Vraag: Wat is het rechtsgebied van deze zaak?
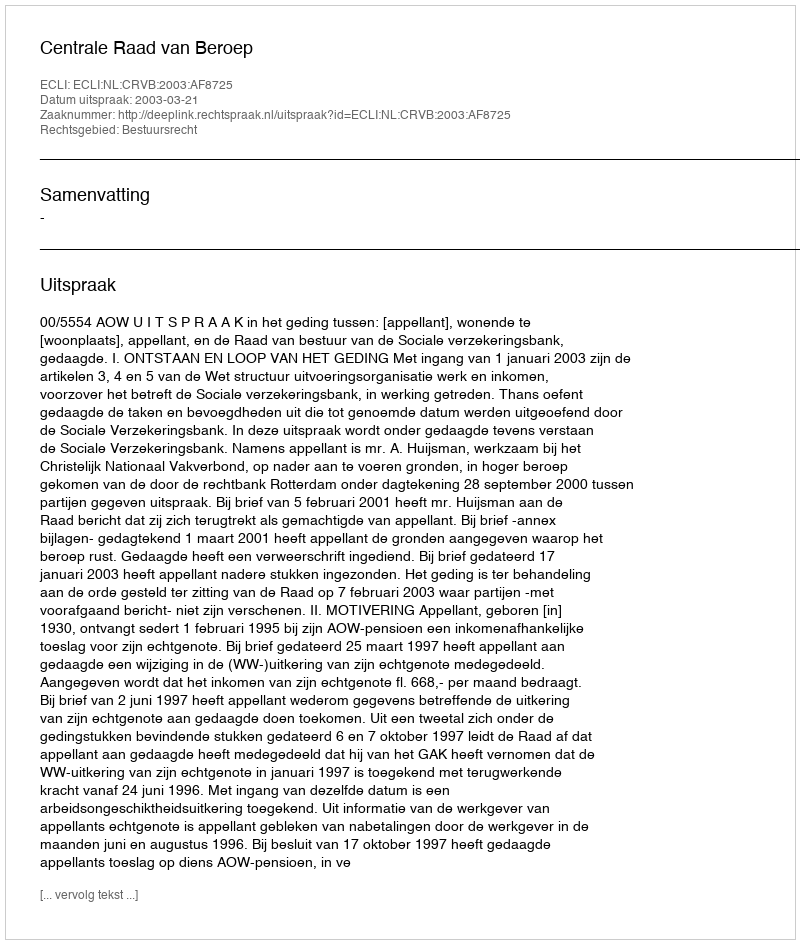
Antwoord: Bestuursrecht